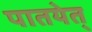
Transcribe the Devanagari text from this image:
पातयेत्